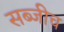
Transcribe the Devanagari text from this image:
सब्जीच